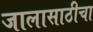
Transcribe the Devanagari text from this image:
जालासाठीचा